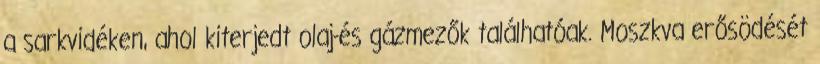
a sarkvidéken, ahol kiterjedt olaj-és gázmezők találhatóak. Moszkva erősödését